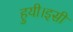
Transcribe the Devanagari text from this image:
हुयी।इसी